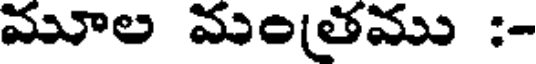
మూల మంతము :-